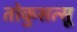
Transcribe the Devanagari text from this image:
तोकुसत्सू